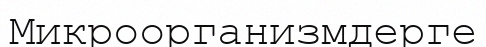
Микроорганизмдерге